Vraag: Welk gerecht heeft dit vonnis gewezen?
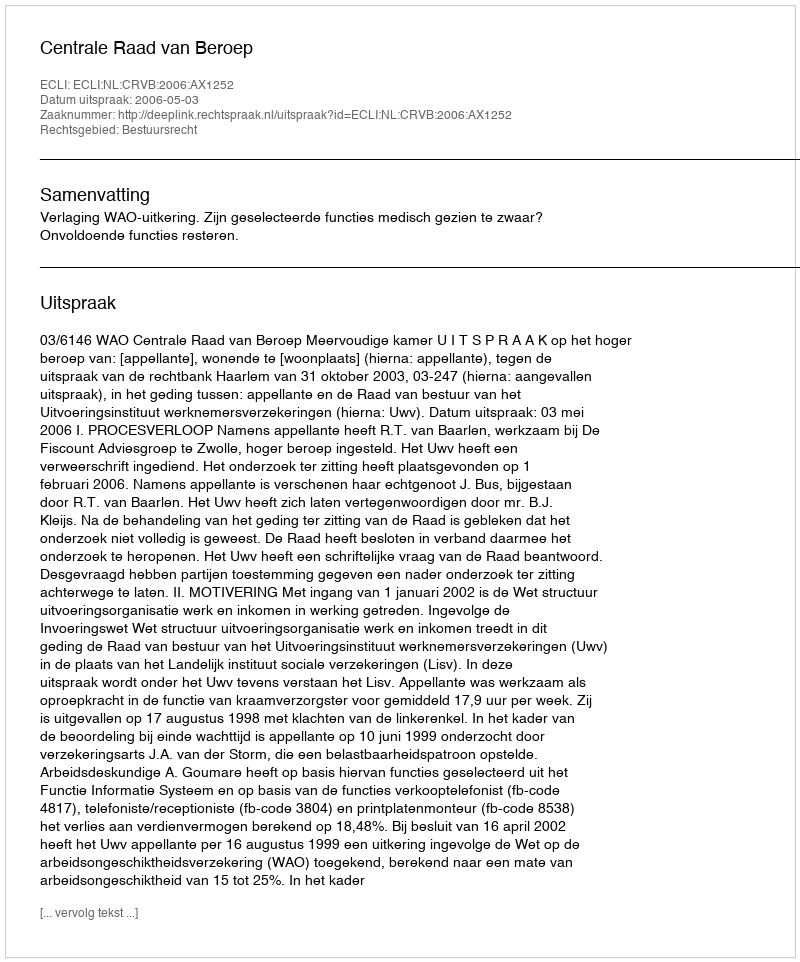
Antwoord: Centrale Raad van Beroep